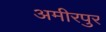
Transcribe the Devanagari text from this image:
अमीरपुर